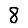
Digit: 8